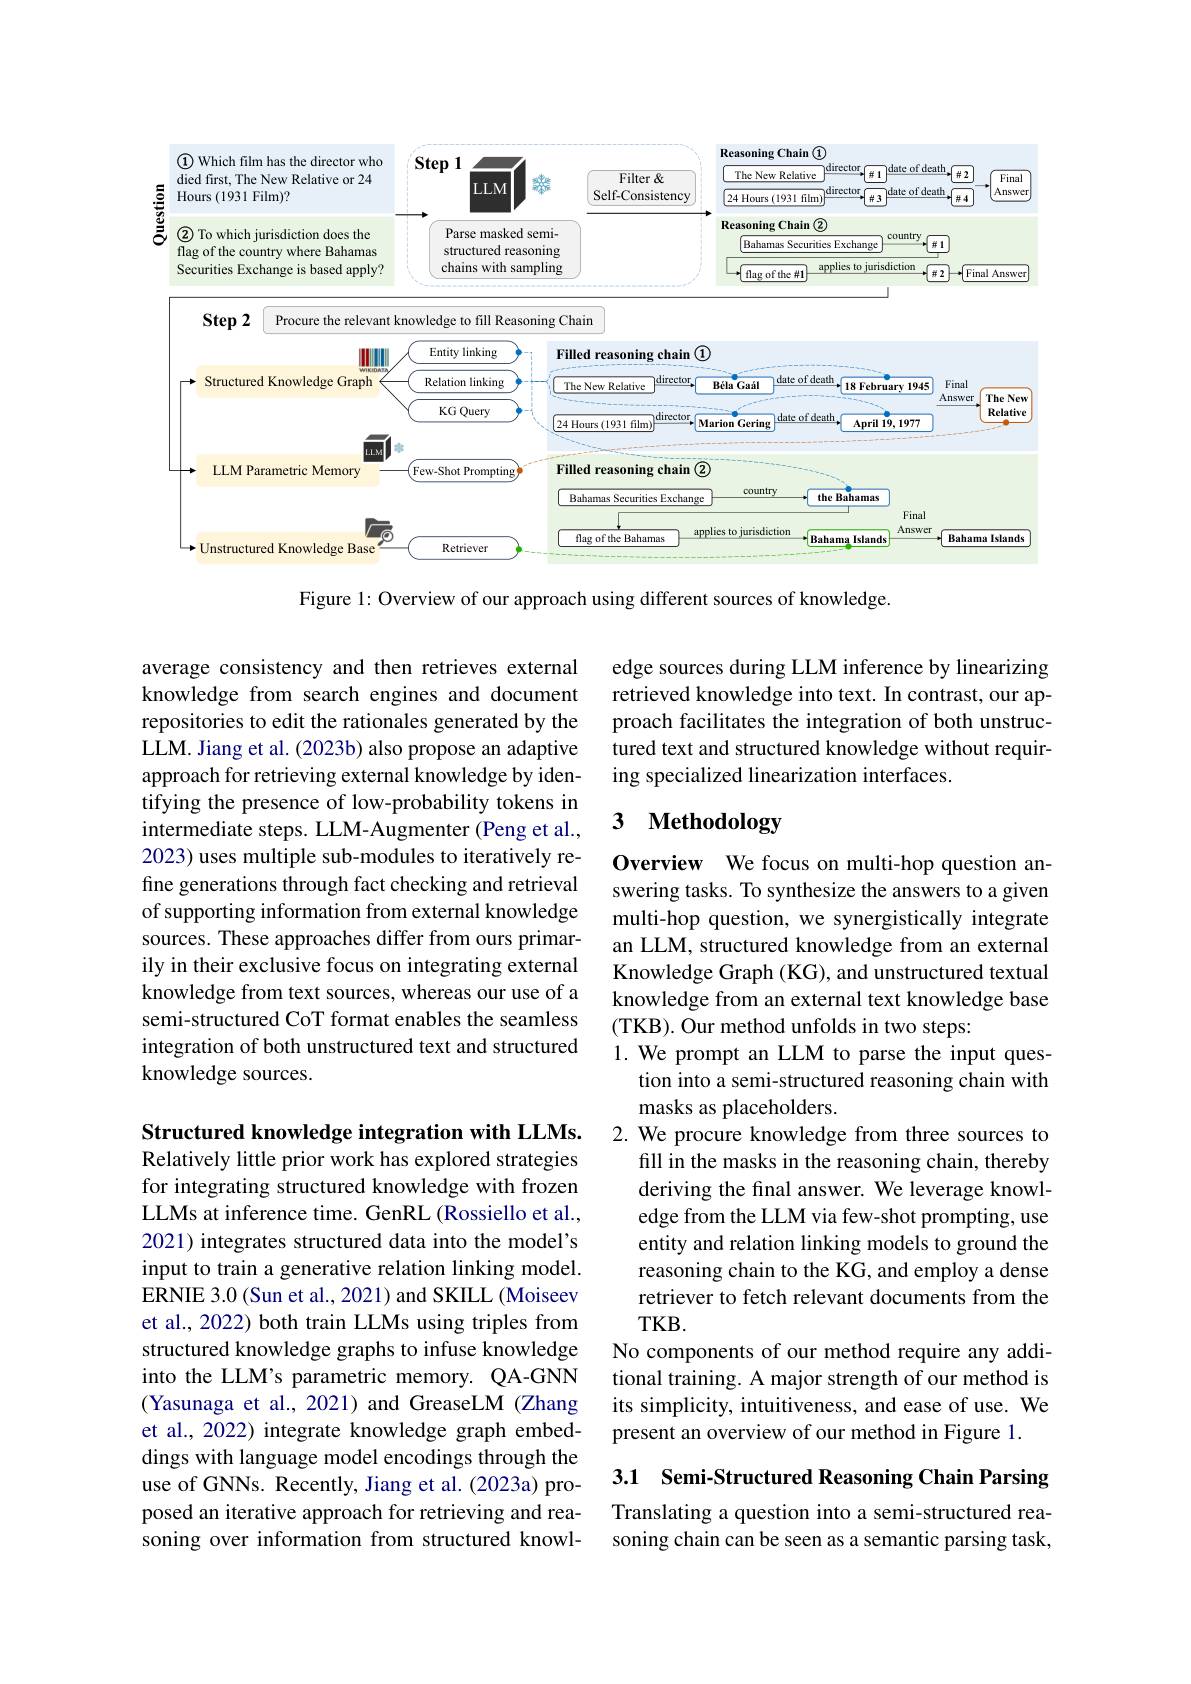
<FigureHere>

Figure 1: Overview of our approach using different sources of knowledge.

edge sources during LLM inference by linearizing retrieved knowledge into text. In contrast, our approach facilitates the integration of both unstructured text and structured knowledge without requiring specialized linearization interfaces.

## 3 Methodology

average consistency and then retrieves external knowledge from search engines and document repositories to edit the rationales generated by the LLM. Jiang et al. (2023b) also propose an adaptive approach for retrieving external knowledge by identifying the presence of low-probability tokens in intermediate steps. LLM-Augmenter (Peng et al., 2023) uses multiple sub-modules to iteratively refine generations through fact checking and retrieval of supporting information from external knowledge sources. These approaches differ from ours primarily in their exclusive focus on integrating external knowledge from text sources, whereas our use of a semi-structured CoT format enables the seamless integration of both unstructured text and structured knowledge sources.

Overview We focus on multi-hop question answering tasks. To synthesize the answers to a given multi-hop question, we synergistically integrate an LLM, structured knowledge from an external Knowledge Graph (KG), and unstructured textual knowledge from an external text knowledge base (TKB). Our method unfolds in two steps:
1. We prompt an LLM to parse the input ques-
tion into a semi-structured reasoning chain with
masks as placeholders.
2. We procure knowledge from three sources to
fill in the masks in the reasoning chain, thereby deriving the final answer. We leverage knowledge from the LLM via few-shot prompting, use entity and relation linking models to ground the reasoning chain to the KG, and employ a dense retriever to fetch relevant documents from the $TKB.$
No components of our method require any additional training. A major strength of our method is its simplicity, intuitiveness, and ease of use. We present an overview of our method in Figure 1.

Structured knowledge integration with LLMs. Relatively little prior work has explored strategies for integrating structured knowledge with frozen LLMs at inference time. GenRL (Rossiello et al., 2021) integrates structured data into the model's input to train a generative relation linking model. ERNIE 3.0 (Sun et al., 2021) and SKILL (Moiseev et al., 2022) both train LLMs using triples from structured knowledge graphs to infuse knowledge into the LLM's parametric memory. QA-GNN (Yasunaga et al., 2021) and GreaseLM (Zhang et al., 2022) integrate knowledge graph embeddings with language model encodings through the use of GNNs. Recently, Jiang et al. (2023a) proposed an iterative approach for retrieving and reasoning over information from structured knowl-

3.1 Semi-Structured Reasoning Chain Parsing

Translating a question into a semi-structured reasoning chain can be seen as a semantic parsing task,